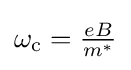
{\textstyle \omega _{\rm {c}}={\frac {eB}{m^{*}}}}